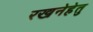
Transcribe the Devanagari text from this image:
रखनेहेतु